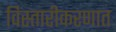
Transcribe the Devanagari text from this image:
विस्तारीकरणात